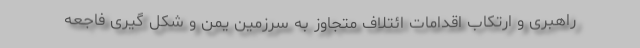
راهبری و ارتکاب اقدامات ائتلاف متجاوز به سرزمین یمن و شکل گیری فاجعه